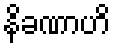
နိခဏာဟိ